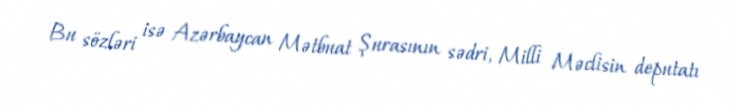
Bu sözləri isə Azərbaycan Mətbuat Şurasının sədri, Milli Məclisin deputatı